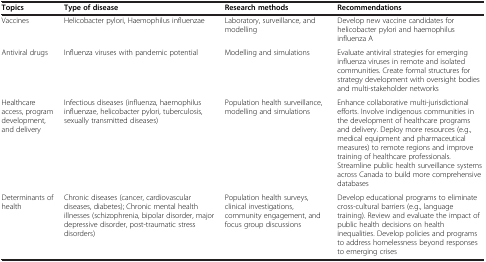
| Topics | Type of disease | Research methods | Recommendations |
 | --- | --- | --- | --- |
 | Vaccines | Helicobacter pylori, Haemophilus influenzae | Laboratory, surveillance, and modelling | Develop new vaccine candidates for helicobacter pylori and haemophilus influenza A |
 | Antiviral drugs | Influenza viruses with pandemic potential | Modelling and simulations | Evaluate antiviral strategies for emerging influenza viruses in remote and isolated communities. Create formal structures for strategy development with oversight bodies and multi-stakeholder networks |
 | Healthcare access, program development, and delivery | Infectious diseases (influenza, haemophilus influenzae, helicobacter pylori, tuberculosis, sexually transmitted diseases) | Population health surveillance, modelling and simulations | Enhance collaborative multi-jurisdictional efforts. Involve indigenous communities in the development of healthcare programs and delivery. Deploy more resources (e.g., medical equipment and pharmaceutical measures) to remote regions and improve training of healthcare professionals. Streamline public health surveillance systems across Canada to build more comprehensive databases |
 | Determinants of health | Chronic diseases (cancer, cardiovascular diseases, diabetes); Chronic mental health illnesses (schizophrenia, bipolar disorder, major depressive disorder, post-traumatic stress disorders) | Population health surveys, clinical investigations, community engagement, and focus group discussions | Develop educational programs to eliminate cross-cultural barriers (e.g., language training). Review and evaluate the impact of public health decisions on health inequalities. Develop policies and programs to address homelessness beyond responses to emerging crises |